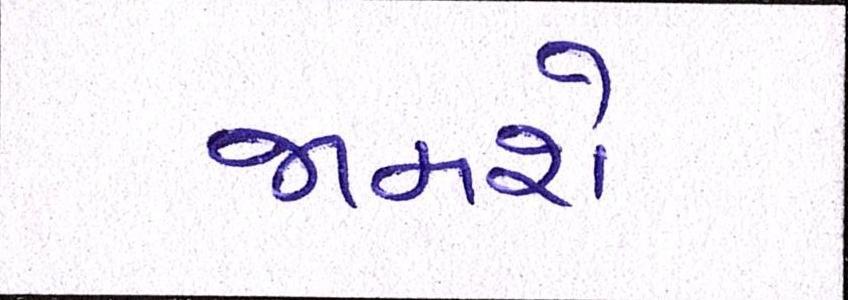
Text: જામશે